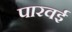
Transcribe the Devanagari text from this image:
पारवई